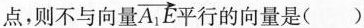
点，则不与向量 \overrightarrow{A_{1}E} 平行的向量是()